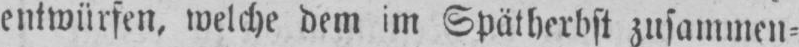
entwürfen, welche dem im Spätherbst zusammen⸗